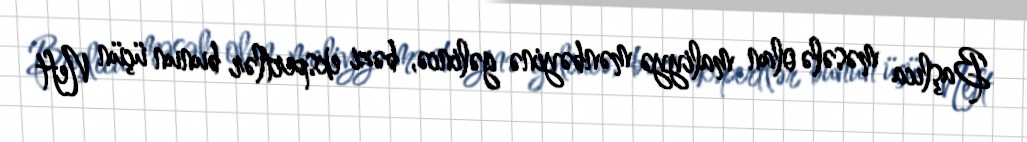
Başlıca məsələ olan maliyyə mənbəyinə gəlincə, bəzi ekspertlər bunun üçün Neft